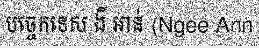
បច្ចេកទេស ងី អាន់ (Ngee Ann